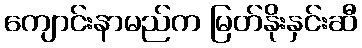
ကျောင်းနာမည်က မြတ်နိုးနှင်းဆီ